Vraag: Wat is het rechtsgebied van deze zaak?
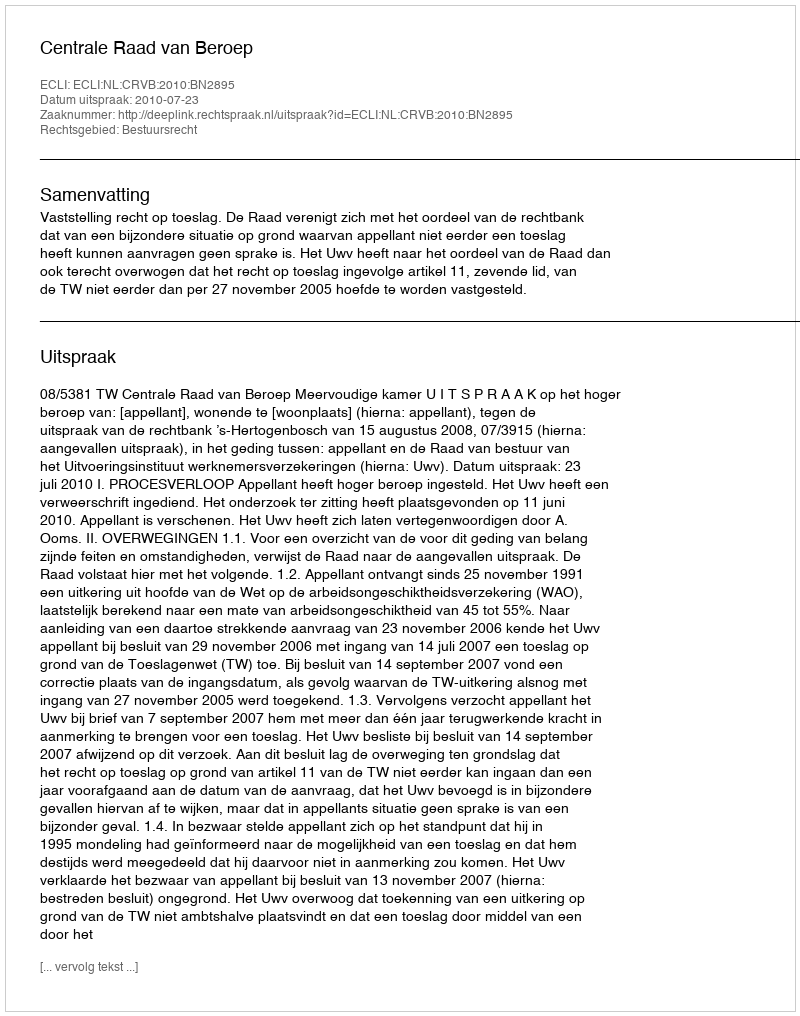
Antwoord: Bestuursrecht